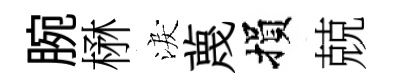
腕楙淚蔑損兢